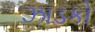
ઝાડકો